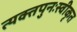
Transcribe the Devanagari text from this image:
त्यक्तपुनःस्वीकृत